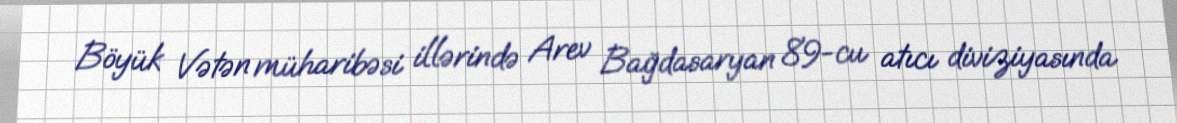
Böyük Vətən müharibəsi illərində Arev Bağdasaryan 89-cu atıcı diviziyasında